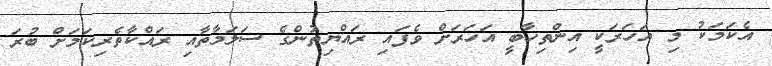
އެކަމަކު މި އަހަރަކީ އިންތިހާބީ އަހަރަށް ވެފައި ރައްޔިތުންގެ ސަލަމާތާއި ރައްކާތެރިކަމަށް ބުރަ